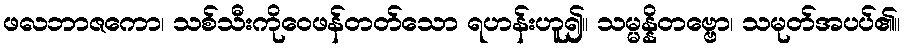
ဖလဘာဇကော၊ သစ်သီးကိုဝေဖန်တတ်သော ရဟန်းဟူ၍။ သမ္မန္နိတဗ္ဗော၊ သမုတ်အပပ်၏။